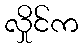
လှိုင်က